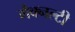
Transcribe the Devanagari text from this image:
मैक्नल्टी